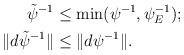
LaTeX: \begin{align*}\tilde \psi^{-1} & \leq \min(\psi^{-1}, \psi^{-1}_E); \\\| d\tilde \psi^{-1} \| &\leq \| d \psi^{-1} \|. \end{align*}